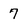
Character: 7